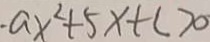
- a x ^ { 2 } + 5 x + c > 0